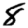
Digit: 8